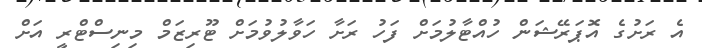
އެ ރަށުގެ އޮޕަރޭޝަން ހުއްޓާލުމަށް ފަހު ރަށާ ހަވާލުވުމަށް ޓޫރިޒަމް މިނިސްޓްރީ އަށް